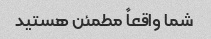
شما واقعاً مطمئن هستید